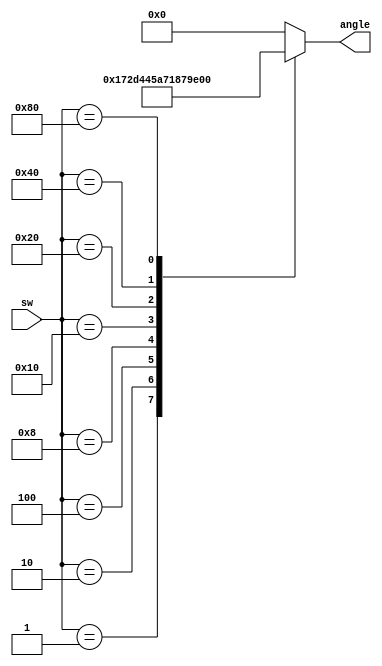
`timescale 1ns / 1ps
//////////////////////////////////////////////////////////////////////////////////
// Company: 
// Engineer: 
// 
// Design Name: 
// Module Name: angle_decoder
// Project Name: 
// Target Devices: 
// Tool Versions: 
// Description: 
// 
// Dependencies: 
// 
// Revision:
// Revision 0.01 - File Created
// Additional Comments:
// 
//////////////////////////////////////////////////////////////////////////////////


module sw_to_angle(
    input [7:0] sw, // 8 switch anahtarimiz vardir.
    output reg [7:0] angle //aci degerimiz max 180 derece oldugundan 8 bit kullansak yeterlidir.(2^8=256)
    );
    
    // Switchlerle aci degerini degistiriyoruz.Herbir switch icin belirli aci degeri belirleniyor.
    // Casede bulunan aci degerleri istege baagli degistirilebilir.
    always @ (sw)
    begin
        case (sw)
        // Switch 0
        1:
        angle = 8'd23;
        // Switch 1
        2:
        angle = 8'd45;
        // Switch 2
        4:
        angle = 8'd68;
        // Switch 3
        8:
        angle = 8'd90;
        // Switch 4
        16:
        angle = 8'd113;
        // Switch 5
        32:
        angle = 8'd135;
        // Switch 6
        64:
        angle = 8'd157;
        // Switch 7
        128:
        angle = 8'd180;
        default:
        angle = 8'd0;
        endcase                 
    end
endmodule